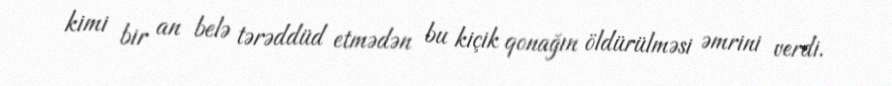
kimi bir an belə tərəddüd etmədən bu kiçik qonağın öldürülməsi əmrini verdi.